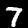
Digit: 7